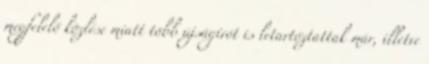
megfelelő közlése miatt több újságírót is letartóztattak már, illetve